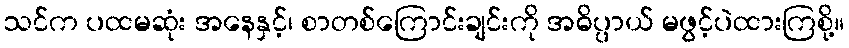
သင်က ပထမဆုံး အနေနှင့်၊ စာတစ်ကြောင်းချင်းကို အဓိပ္ပာယ် မဖွင့်ပဲထားကြစို့။